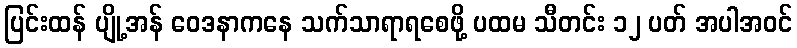
ပြင်းထန် ပျို့အန် ဝေဒနာကနေ သက်သာရာရစေဖို့ ပထမ သီတင်း ၁၂ ပတ် အပါအဝင်